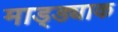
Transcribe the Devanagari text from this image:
माड्ड्याक